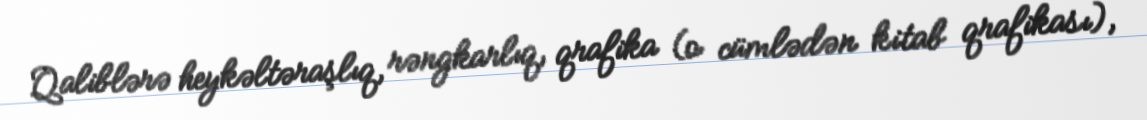
Qaliblərə heykəltəraşlıq, rəngkarlıq, qrafika (o cümlədən kitab qrafikası),